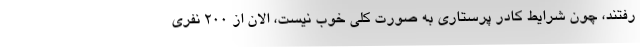
رفتند، چون شرایط کادر پرستاری به صورت کلی خوب نیست، الان از ۲۰۰ نفری